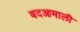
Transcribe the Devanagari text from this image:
बदआमाली